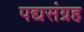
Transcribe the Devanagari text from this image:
पद्यसंग्रह